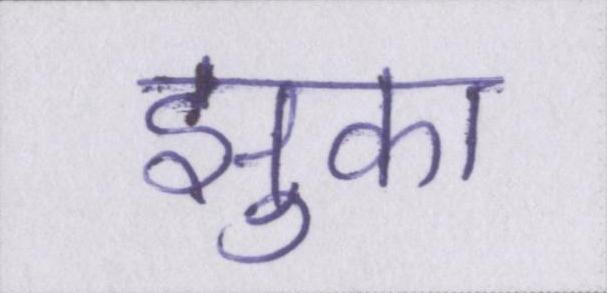
झुका